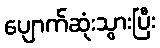
ပျောက်ဆုံးသွားပြီး